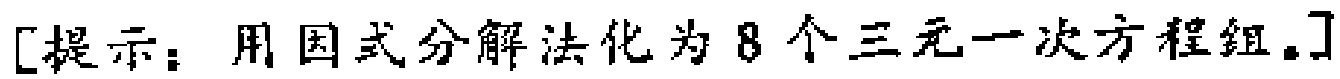
[提示：用因式分解法化为8个三元一次方程组。]